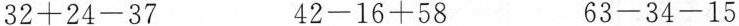
$$32+24-37$$ $$42-16+58$$ $$63-34-15$$